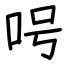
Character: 呺